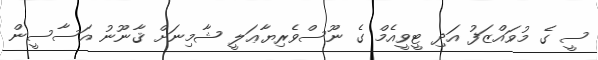
ސީ ގެ މުވައްޒަފު އަދި ޓީވީއެމް ގެ ނޫސްވެރިޔާޢަލީ ޝާމިނަށް ޤާނޫނު އަސާސީން